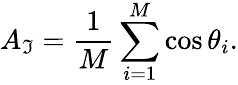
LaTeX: A_{\mathfrak{I}}=\frac{{1}}{{M}}\sum_{i=1}^{M}\cos\theta_{i}.